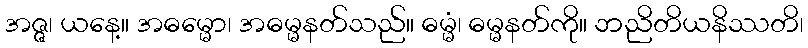
အဇ္ဇ၊ ယနေ့။ အဓမ္မော၊ အဓမ္မနတ်သည်။ ဓမ္မံ၊ ဓမ္မနတ်ကို။ ဘညိတိယနိဿတိ၊